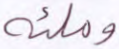
وملئه